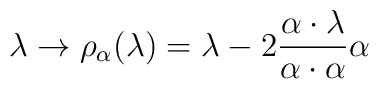
\lambda \rightarrow \rho_{\alpha} (\lambda) =\lambda - 2 \frac{\alpha\cdot \lambda}{\alpha\cdot \alpha} \alpha